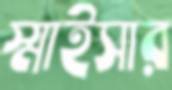
স্মাইসার